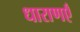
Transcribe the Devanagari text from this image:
धाराणएँ